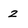
Character: 2